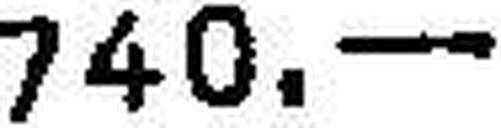
740.—